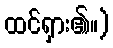
ထင်ရှား၏။)